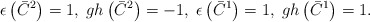
\begin{align*}\epsilon \left( \bar{C}^{2}\right) =1,\;gh\left( \bar{C}^{2}\right)=-1,\;\epsilon \left( \bar{C}^{1}\right) =1,\;gh\left( \bar{C}^{1}\right) =1.\end{align*}